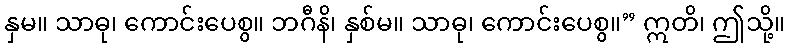
နှမ။ သာဓု၊ ကောင်းပေစွ။ ဘဂီနိ၊ နှစ်မ။ သာဓု၊ ကောင်းပေစွ။” ဣတိ၊ ဤသို့။